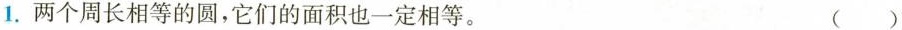
1.两个周长相等的圆，它们的面积也一定相等。 ()